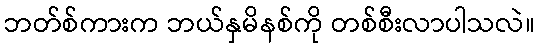
ဘတ်စ်ကားက ဘယ်နှမိနစ်ကို တစ်စီးလာပါသလဲ။